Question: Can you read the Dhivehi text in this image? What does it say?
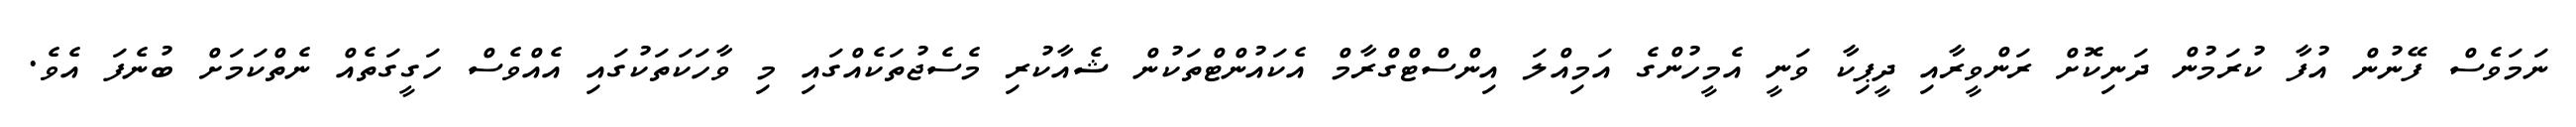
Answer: ނަމަވެސް ފޭނުން އުފާ ކުރަމުން ދަނިކޮށް ރަންވީރާއި ދީޕިކާ ވަނީ އެމީހުންގެ އަމިއްލަ އިންސްޓްގްރާމް އެކައުންޓްތަކުން ޝެއާކުރި މެސެޖުތަކެއްގައި މި ވާހަކަތަކުގައި އެއްވެސް ހަގީގަތެއް ނެތްކަމަށް ބުނެފަ އެވެ.